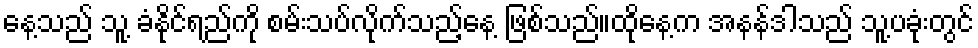
နေ့သည် သူ့ ခံနိုင်ရည်ကို စမ်းသပ်လိုက်သည့်နေ့ ဖြစ်သည်။ထိုနေ့က အနန်ဒါသည် သူ့ပခုံးတွင်